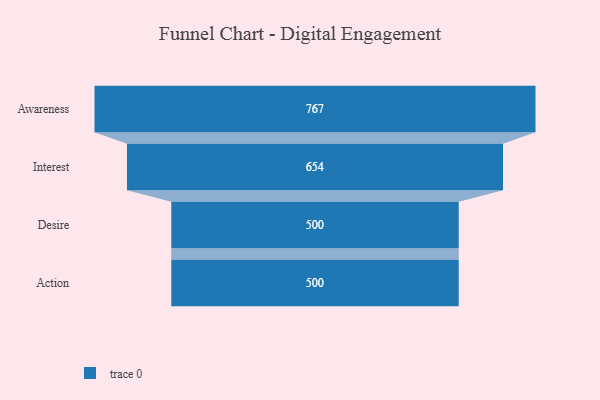
{"axis": {"x": "Stage", "y": "Value"}, "legend": [""], "data": [{"x": "Awareness", "y": 767.0, "type": ""}, {"x": "Interest", "y": 654.0, "type": ""}, {"x": "Desire", "y": 500, "type": ""}, {"x": "Action", "y": 500, "type": ""}]}